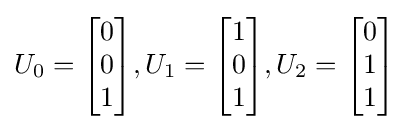
U_{0}={\begin{bmatrix}0\\0\\1\end{bmatrix}},U_{1}={\begin{bmatrix}1\\0\\1\end{bmatrix}},U_{2}={\begin{bmatrix}0\\1\\1\end{bmatrix}}